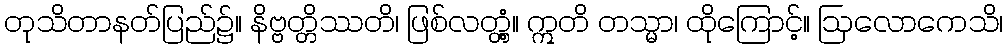
တုသိတာနတ်ပြည်၌။ နိဗ္ဗတ္တိဿတိ၊ ဖြစ်လတ္တံ့။ ဣတိ တသ္မာ၊ ထိုကြောင့်။ ဩလောကေသိ၊